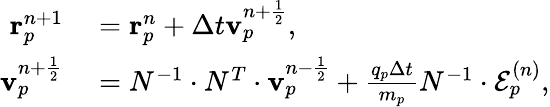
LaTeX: \begin{array}{rl}{\mathbf{r}_{p}^{n+1}}&{{}=\mathbf{r}_{p}^{n}+\Delta t\mathbf{v}_{p}^{n+\frac{1}{2}},}\\ {\mathbf{v}_{p}^{n+\frac{1}{2}}}&{{}=N^{-1}\cdot N^{T}\cdot\mathbf{v}_{p}^{n-\frac{1}{2}}+\frac{q_{p}\Delta t}{m_{p}}N^{-1}\cdot\mathcal{E}_{p}^{(n)},}\end{array}